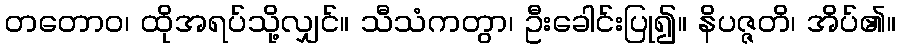
တတောဝ၊ ထိုအရပ်သို့လျှင်။ သီသံကတွာ၊ ဦးခေါင်းပြု၍။ နိပဇ္ဇတိ၊ အိပ်၏။